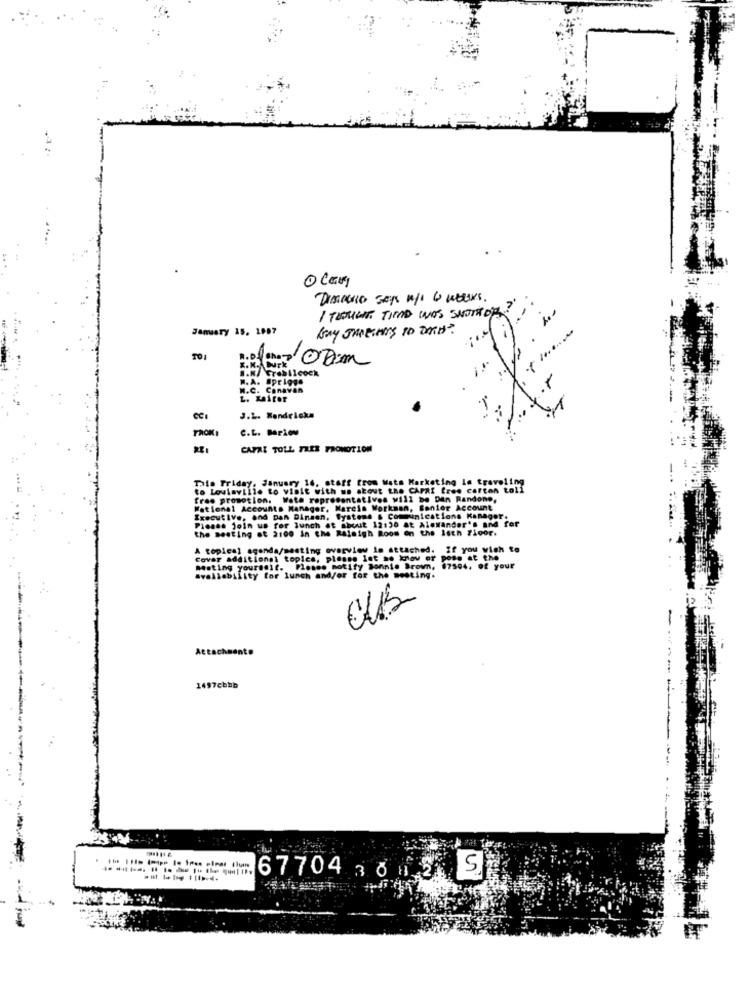
O CEM
Dimacro says u/ 6 wetters.
I THOUGHT TID WAS SWOIM DE
January 15. 1987
TOI
She 3 0A.m
2 .
B.N/ Crabilcock
N. A. EprIgge
W.C. Canavan
L. Kaifor
J.L. Kendricka
PROK,
C.L. Bariou
CAPAZ TOLL FREE PROMOTION
This Friday, January 16, stoff from Wats Marketing le traveling
to Louisville to visit with wo about the CAPRI fres carton toll
free promotion. Wata representatives will be Den Randone,
National Accounts Manager, Marcia Workman, Senior Account
Executive, and Dan Dinman, Systems & Communications Kanager.
Please join us for lunch at about 12:30 at Alexander's and for
the meeting at 2:00 in the Raleigh Room on the Isth Floor.
A topical agenda/meeting overview in attached.
Cover additional topics, please let me know of
pose at the
mating yourseit. Please notify Bonnie brown, 17504, of your
availability for lunch and/or for the meeting.
Attachments
1497cbbb
5
67704 380 21
---